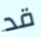
قد